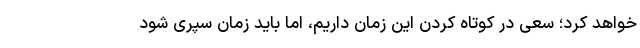
خواهد کرد؛ سعی در کوتاه کردن این زمان داریم، اما باید زمان سپری شود